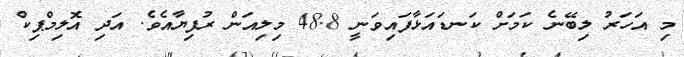
މި އަހަރު ލިބޭނެ ކަމަށް ކަނޑައަޅާފައިވަނީ 48.8 މިލިއަން ރުފިޔާއެވެ. އަދި އޮލިމްޕިކް